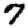
Digit: 7